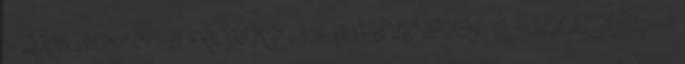
1- 2008. október 31. A PROJEKT MEGVALÓSÍTÓJA: AIFSZ Kollégium